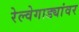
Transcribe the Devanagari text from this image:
रेल्वेगाड्यांवर